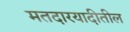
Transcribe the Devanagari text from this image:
मतदारयादीतील